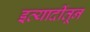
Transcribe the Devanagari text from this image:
इत्यादींतून